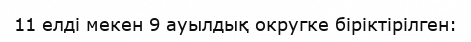
11 елді мекен 9 ауылдық округке біріктірілген: